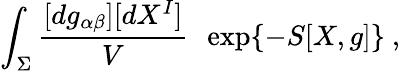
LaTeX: \int_{\Sigma}\frac{[dg_{\alpha\beta}][dX^{I}]}{V}\ \ \exp\{ -S[X,g]\} \ ,